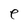
Character: e